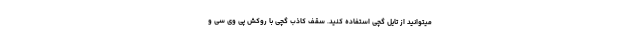
میتوانید از تایل گچی استفاده کنید. سقف کاذب گچی با روکش پی وی سی و